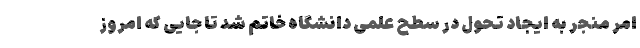
امر منجر به ایجاد تحول در سطح علمی دانشگاه خاتم شد تا جایی كه امروز